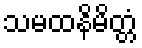
သမထနိမိတ္တံ